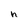
Character: h